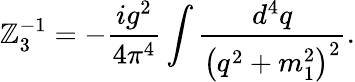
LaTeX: \mathbb{Z}_{3}^{-1}=-\frac{{ig^{2}}}{{4\pi^{4}}}\int\frac{{d^{4}q}}{{\left(q^{2}+m_{1}^{2}\right)^{2}}}.